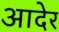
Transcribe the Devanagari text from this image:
आदेर